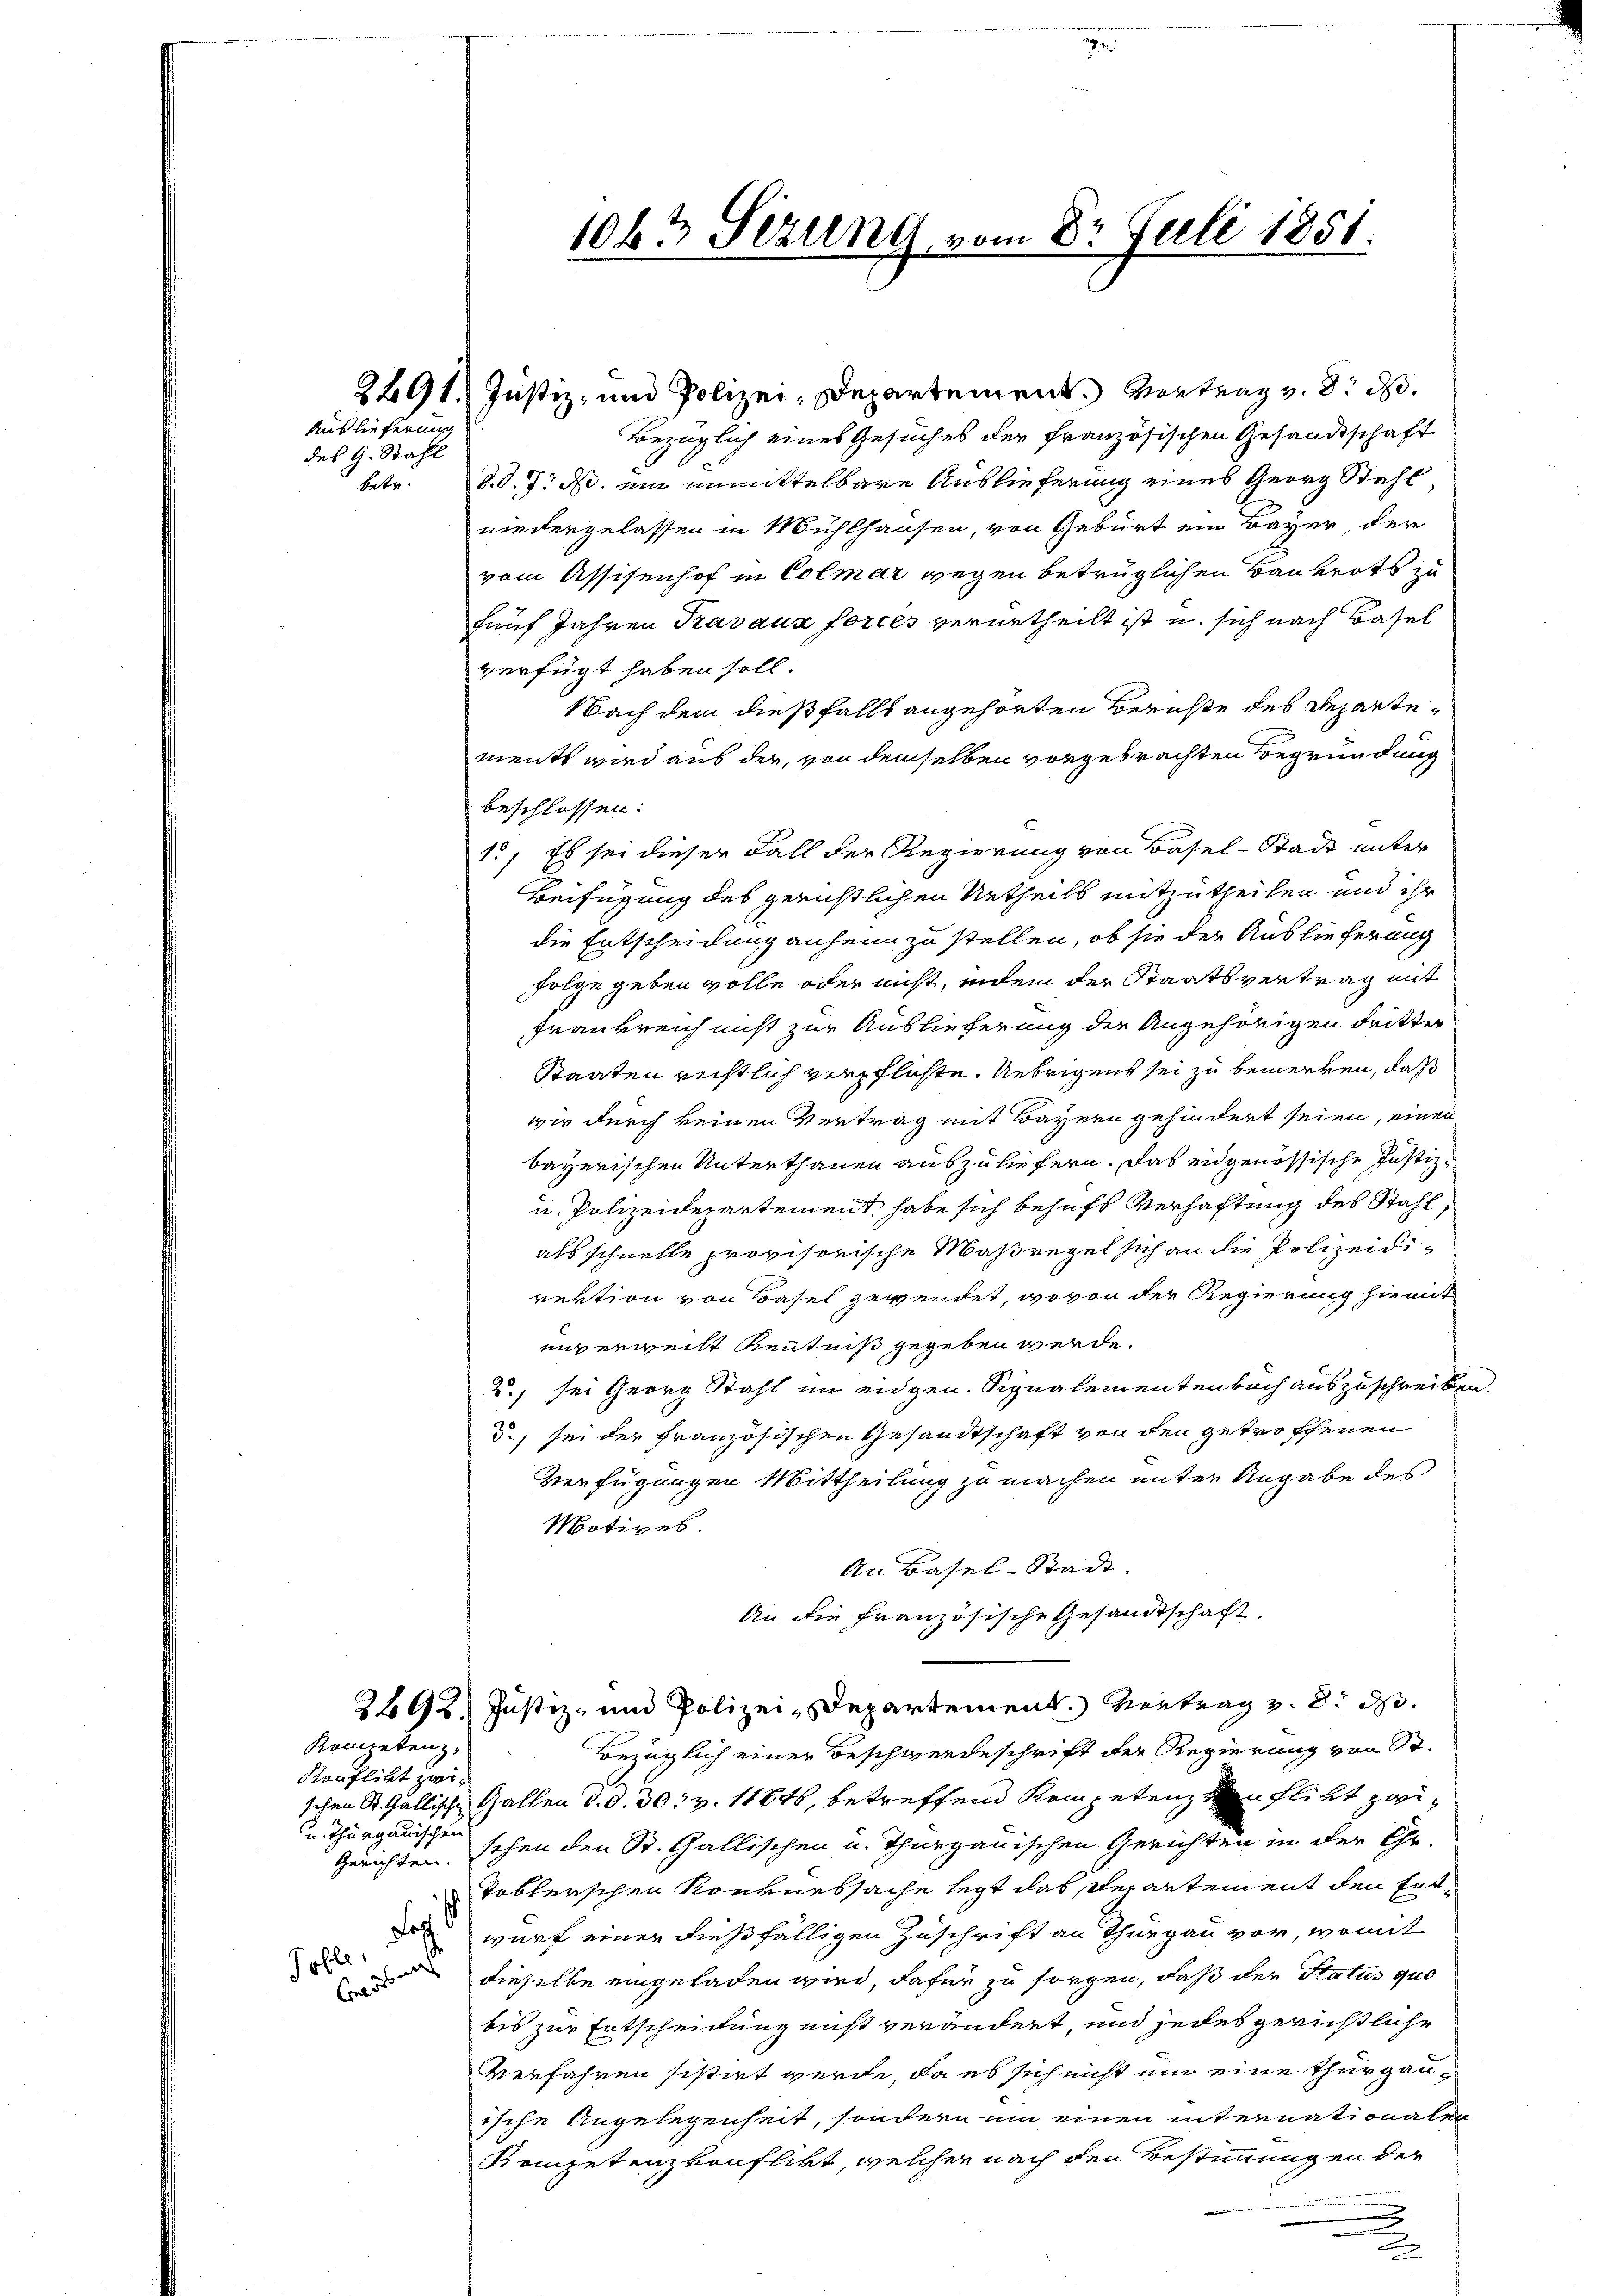
Auslieferung
des G. Stahl

Kompetenz,

Konflikt zwi¬
u. Thurgauischen
Toble

1063 Sizung, u.

2491. Justiz- und Polizei, Departement. Vortrag v. 8. d.
Bezüglich eines Gesuches der Französischen Gesandtschaft
betr. d. d. J. ds. um unmittelbare Auslieferung eines Georg Stahl
niedergelassen in Mühlhausen, von Geburt ein Bayer, der
vom Assisenhof in Colmar wegen betrüglichen Bauverts zu
fünf Jahren Travaux forces verurtheilt ist u. sich nach Basel
verfügt haben soll.
Nach dem dießfalls angehörten Berichte des Repartements wird aus der, von demselben vorgebrachten Begründung
beschlossen:
12, Es sei dieser Fall der Regierung von Basel-Stadt unter
Beifügung des gerichtlichen Urtheils mitzutheilen und ihr
die Entscheidung anheim zu stellen, ob sie der Auslieferung
Folge geben wolle oder nicht, indem der Staatsvertrag mit
Frankreich nicht zur Auslieferung der Angehörigen dritte
Staaten rechtlich verpflichte. Uebrigens sei zu bemerken, daß
wir durch keinen Vertrag mit Bayern gehindert seien, einen
bayerischen Unterthanen auszuliefern. Das eidgenössische Justiz¬
u. Polizeidepartement habe sich behufs Verhaftung des Stahl,
als schnelle provisorische Maßregel sich an die Polizeidirektion von Basel gewendet, wovon der Regierung hiemit
unverweilt Kenntniß gegeben werde.
2., sei Georg Stahl im eidgen. Signalementenbach auszuschreiben.
d., sei der französischen Gesandtschaft von den getroffenen
Verfügungen Mittheilung zu machen unter Angabe des
Motives.
An Basel-Stadt.
An die Französische Gesandtschaft.
2498. Justiz- und Polizei-Departement. Vertrag z. d. d.
Bezüglich einer Beschwerdeschrift der Regierung von Sr.
schen St. Gallische Gallen d. d. 30. v. 11846, betreffend Kompetenz von flikt zwi¬
Gerichten. Schen den St. Gallischen u. Thurgauischen Gerichten in der Chr.
Toblerschen Konkurssache legt das Verantement den Entorwurf einer dießfälligen Zuschrift an Thurgau vor, womit
 dieselbe eingeladen wird, dafür zu sorgen, daß der Status quo
bis zur Entscheidung nicht verändert, und jedes gerichtliche
Verfahren sistirt werde, da es sich nicht um eine thurgauische Angelegenheit, sondern um einen internationalen
Kompetenz vonflikt, welcher nach den Bestimmungen der

om 8t Juli 1851